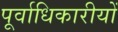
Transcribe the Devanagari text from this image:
पूर्वाधिकारीयों